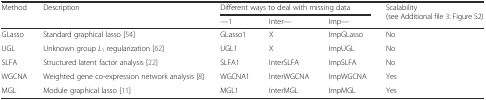
| <ROWSPAN=2> Method | <ROWSPAN=2> Description | <COLSPAN=3> Different ways to deal with missing data | <ROWSPAN=2> Scalability (see Additional file 3: Figure S2) |
 | ---1 | Inter--- | Imp--- |
 | --- | --- | --- | --- | --- | --- |
 | GLasso | Standard graphical lasso [54] | GLasso1 | X | ImpGLasso | No |
 | UGL | Unknown group L1 regularization [62] | UGL1 | X | ImpUGL | No |
 | SLFA | Structured latent factor analysis [22] | SLFA1 | InterSLFA | ImpSLFA | No |
 | WGCNA | Weighted gene co-expression network analysis [8] | WGCNA1 | InterWGCNA | ImpWGCNA | Yes |
 | MGL | Module graphical lasso [11] | MGL1 | InterMGL | ImpMGL | Yes |